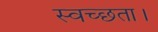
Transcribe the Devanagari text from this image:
स्वच्छता।